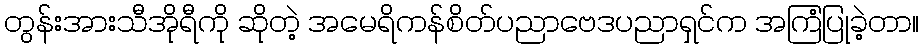
တွန်းအားသီအိုရီကို ဆိုတဲ့ အမေရိကန်စိတ်ပညာဗေဒပညာရှင်က အကြံပြုခဲ့တာ။